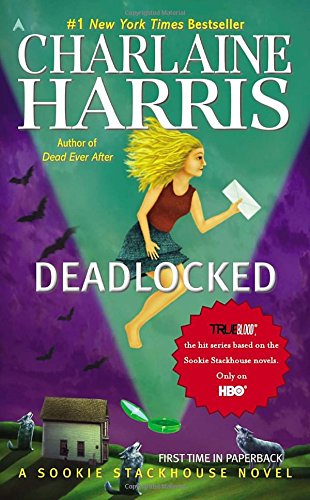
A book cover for Deadlocked (Sookie Stackhouse/True Blood, Book 12); Charlaine Harris; Mystery, Thriller & Suspense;